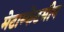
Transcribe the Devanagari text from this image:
मेटाम्फेटमीन